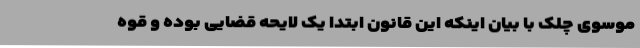
موسوی چلک با بیان اینکه این قانون ابتدا یک لایحه قضایی بوده و قوه